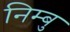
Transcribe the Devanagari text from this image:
निम्बु